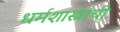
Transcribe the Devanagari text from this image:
धर्मशास्त्रांची